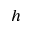
h